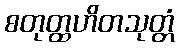
စတုတ္ထဟိတသုတ္တံ